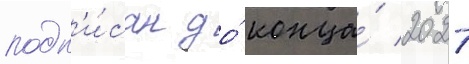
подп'и́сан до́ конца́ 2021